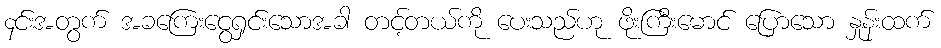
၄င်းအတွက် အခကြေးငွေရှင်းသောအခါ တင့်တယ်ကို ပေးသည်ဟု ဖိုးကြီးမောင် ပြောသော နှုန်းထက်